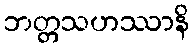
ဘတ္တသဟဿာနိ